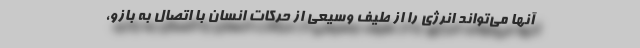
آنها می‌تواند انرژی را از طیف وسیعی از حرکات انسان با اتصال به بازو،